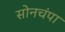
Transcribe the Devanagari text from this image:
सोनचंपा